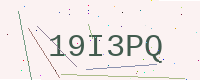
Text: 19I3PQ